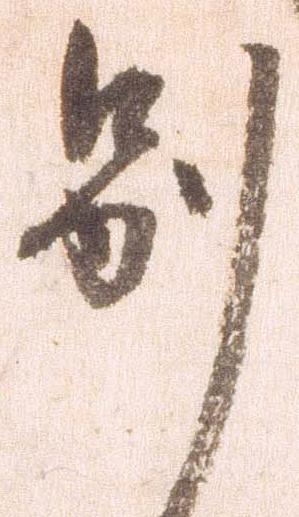
別